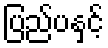
ပြည်ပနှင့်